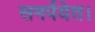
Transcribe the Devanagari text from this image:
समर्पयेत।